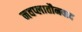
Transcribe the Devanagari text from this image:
नवप्लातौनवाद